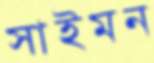
সাইমন